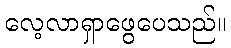
လေ့လာရှာဖွေပေသည်။